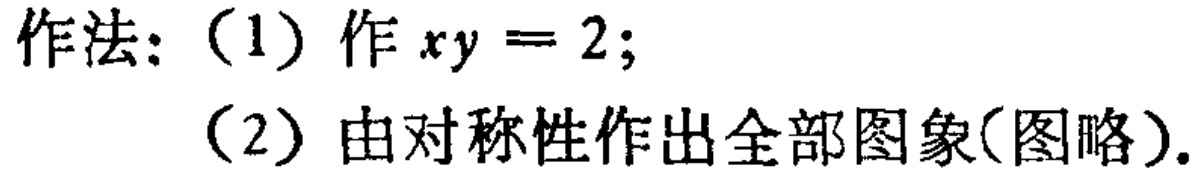
作法：（1）作 \(xy = 2\);
（2）由对称性作出全部图象(图略).